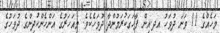
މަހެއްގެ 11 ވަނަ ދުވަހު އދ.އިން ފާހަގަކުރަމުންދާ ދުވަހެކެވެ. މިއަހަރުގެ އަންހެންކުދިންގެ ދުވަހުގެ